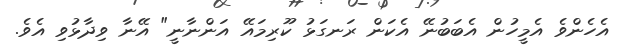
އެހެންވެ އެމީހުން އެބަބުނޭ އެކަން ރަނގަޅު ކޫރިމައޭ އަންނާނީ" އޭނާ ވިދާޅުވި އެވެ.